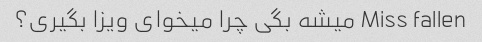
Miss fallen میشه بگی چرا میخوای ویزا بگیری؟